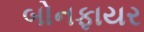
બોનફાયર